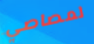
لمصاصي